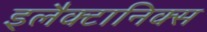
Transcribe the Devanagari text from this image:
इलैक्टानिक्स